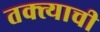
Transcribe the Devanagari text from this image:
तक्त्याची